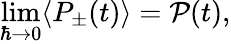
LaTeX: \operatorname*{lim}_{\hbar\rightarrow 0}\langle P_{\pm}(t)\rangle={\cal P}(t),